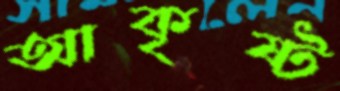
আকৃষ্ট